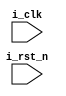
module MPC_INC_COND(
input i_clk,
input i_rst_n,



	);






endmodule